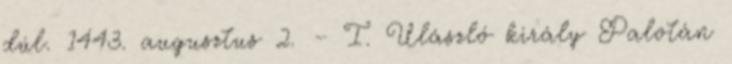
dúl. 1443. augusztus 2. – I. Ulászló király Palotán